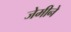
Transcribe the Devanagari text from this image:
जेमीने